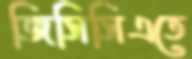
জিসিসিএতে